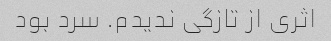
اثری از تازگی ندیدم. سرد بود